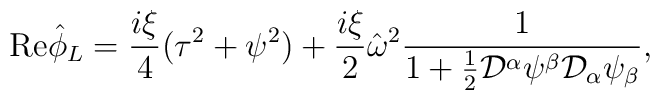
{\mbox{Re}} \hat{\phi}_L = \frac{i\xi}{4}(\tau^2 + \psi^2) +\frac{i\xi}{2}\hat{\omega}^2\frac{1}{1 +\frac{1}{2} {\cal D}^{\alpha} \psi^{\beta}{\cal D}_{\alpha} \psi_{\beta}},